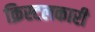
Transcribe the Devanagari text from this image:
क्रिस्टलकारी